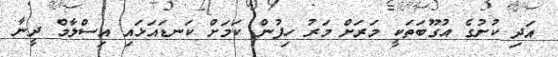
އަދި ކުށުގެ އުގޫބަތަކީ މަރަށް މަރު ހިފުން ކަމަށް ކަނޑައަޅައި އިސްލާމް ދީނާ